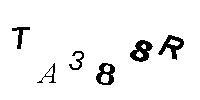
TA388R